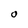
Character: O